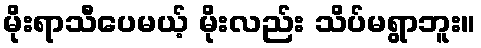
မိုးရာသီပေမယ့် မိုးလည်း သိပ်မရွာဘူး။